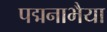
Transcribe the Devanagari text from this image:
पद्मनाभैया